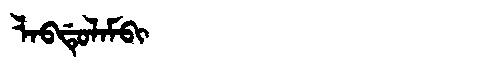
Manchu: ᠯᠠᠪᡩᡠᠯᠠᠮᠪᡳ
Romanization: LABDULAMBI